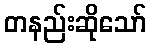
တနည်းဆိုသော်